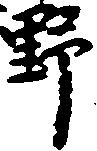
野